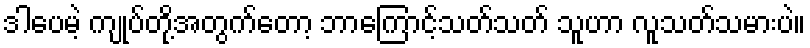
ဒါပေမဲ့ ကျုပ်တို့အတွက်တော့ ဘာကြောင့်သတ်သတ် သူဟာ လူသတ်သမားပဲ။